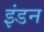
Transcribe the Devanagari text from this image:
इंडन